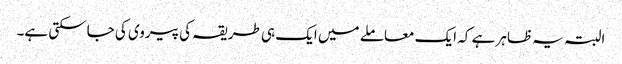
البتہ یہ ظاہر ہے کہ ایک معاملے میں ایک ہی طریقہ کی پیروی کی جاسکتی ہے۔